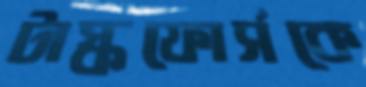
টাস্কফোর্সকে